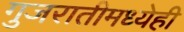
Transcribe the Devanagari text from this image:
गुजरातीमध्येही